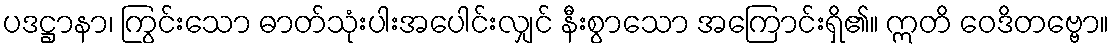
ပဒဋ္ဌာနာ၊ ကြွင်းသော ဓာတ်သုံးပါးအပေါင်းလျှင် နီးစွာသော အကြောင်းရှိ၏။ ဣတိ ဝေဒိတဗ္ဗော။